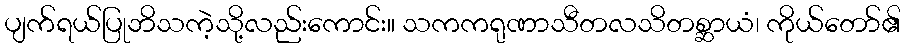
ပျက်ရယ်ပြုဘိသကဲ့သို့လည်းကောင်း။ သကကရုဏာသီတလသိတစ္ဆာယံ၊ ကိုယ်တော်၏